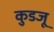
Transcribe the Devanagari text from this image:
कुडजू